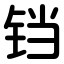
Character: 铛